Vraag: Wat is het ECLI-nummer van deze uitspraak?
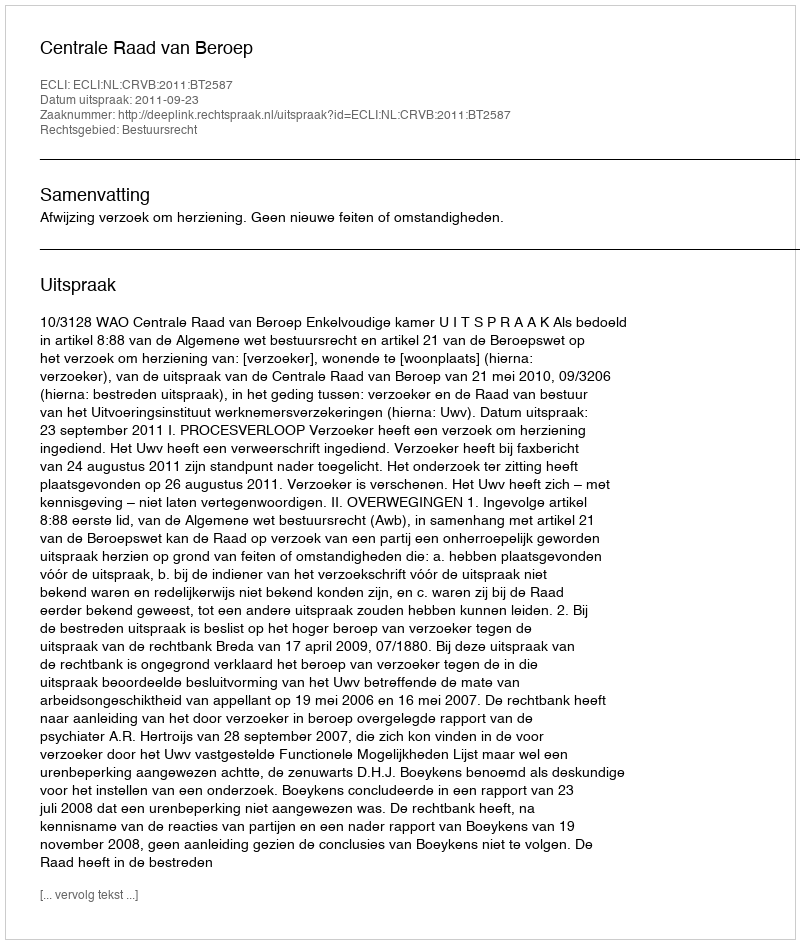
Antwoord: ECLI:NL:CRVB:2011:BT2587